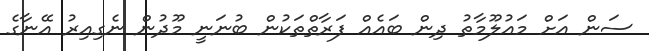
ސަން އަށް މައުލޫމާތު ދިން ބައެއް ފަރާތްތަކުން ބުނަނީ މޫދުން ނެގިއިރު އޭނާގެ